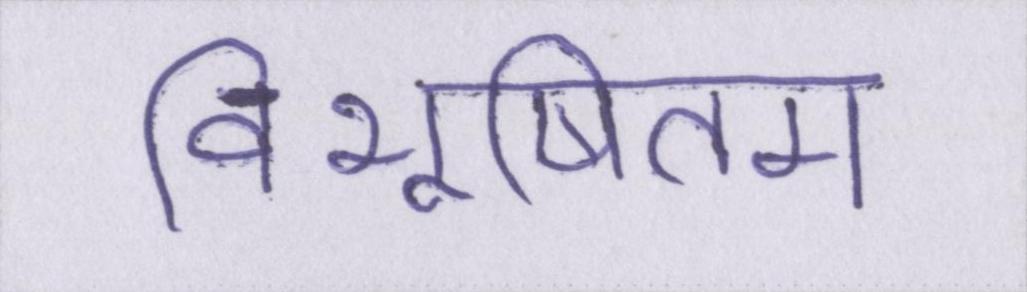
विभूषितम